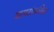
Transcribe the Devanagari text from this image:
वापरांकरिता